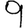
Digit: 9